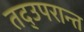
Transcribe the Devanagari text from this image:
तद्उपरान्त